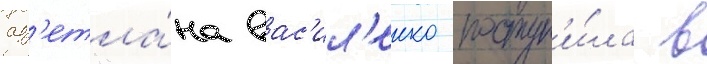
Св'етла́на вас'ил'енко поступ'и́ла в